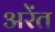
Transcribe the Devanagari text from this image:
अरेंत